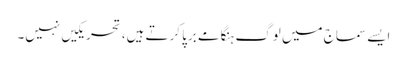
ایسے سماج میں لوگ ہنگامے برپا کرتے ہیں، تحریکیں نہیں۔